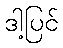
ဒါ့ပြင်